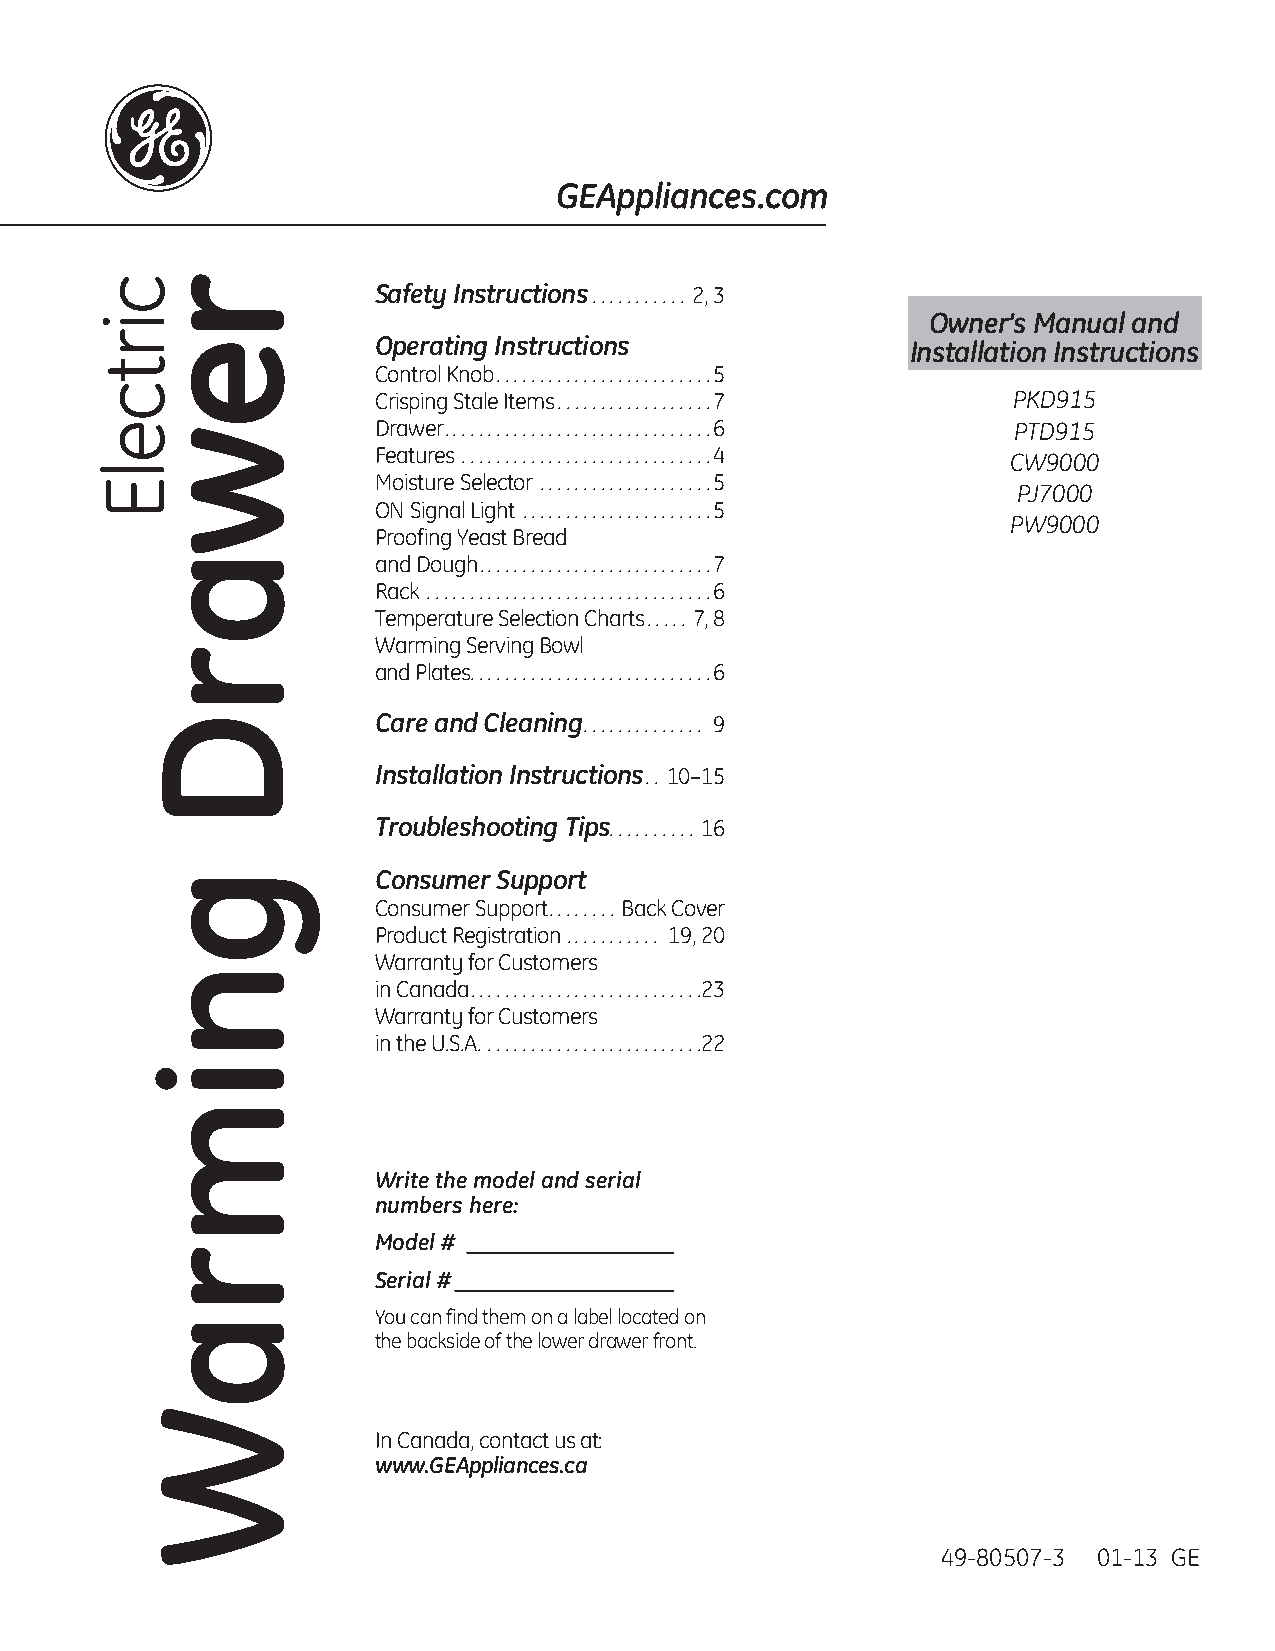
GEAppliances.com
 Safety Instructions ........... 2, 3
 Owner’s Manual and
 Operating Instructions             Installation Instructions
 Control Knob .........................5
 Crisping Stale Items ..................7  PKD915
 Drawer ...............................6   PTD915
 Features .............................4   CW9000
 Moisture Selector ....................5
 PJ7000
 ON Signal Light ......................5
 PW9000
 Proofing Yeast Bread
 and Dough ...........................7
 Rack .................................6
 Temperature Selection Charts ..... 7, 8
 Warming Serving Bowl
 and Plates. . . . . . . . . . . . . . . . . . . . . . . . . . . .6
 Care and Cleaning .............. 9
 Installation Instructions .. 10–15
 Troubleshooting Tips .......... 16
 Consumer Support
 Consumer Support ........ Back Cover
 Product Registration ........... 19, 20
 Warranty for Customers
 in Canada ...........................23
 Warranty for Customers
 in the U.S.A. .........................22
 Write the model and serial
 numbers here:
 Model # __________________
 Serial # ___________________
 You can find them on a label located on
 the backside of the lower drawer front.
 In Canada, contact us at:
 www.GEAppliances.ca
 49-80507-3 01-13 GE
 cirtcelE rewarD
 gnimraW